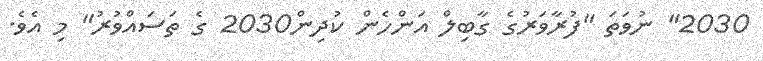
2030" ނުވަތަ "ފުރާވަރުގެ ގާބިލް އަންހެން ކުދިން2030 ގެ ތަސައްވުރު" މި އެވެ.